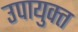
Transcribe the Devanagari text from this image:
उपायुक्‍त